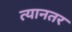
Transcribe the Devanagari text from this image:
त्यानतर